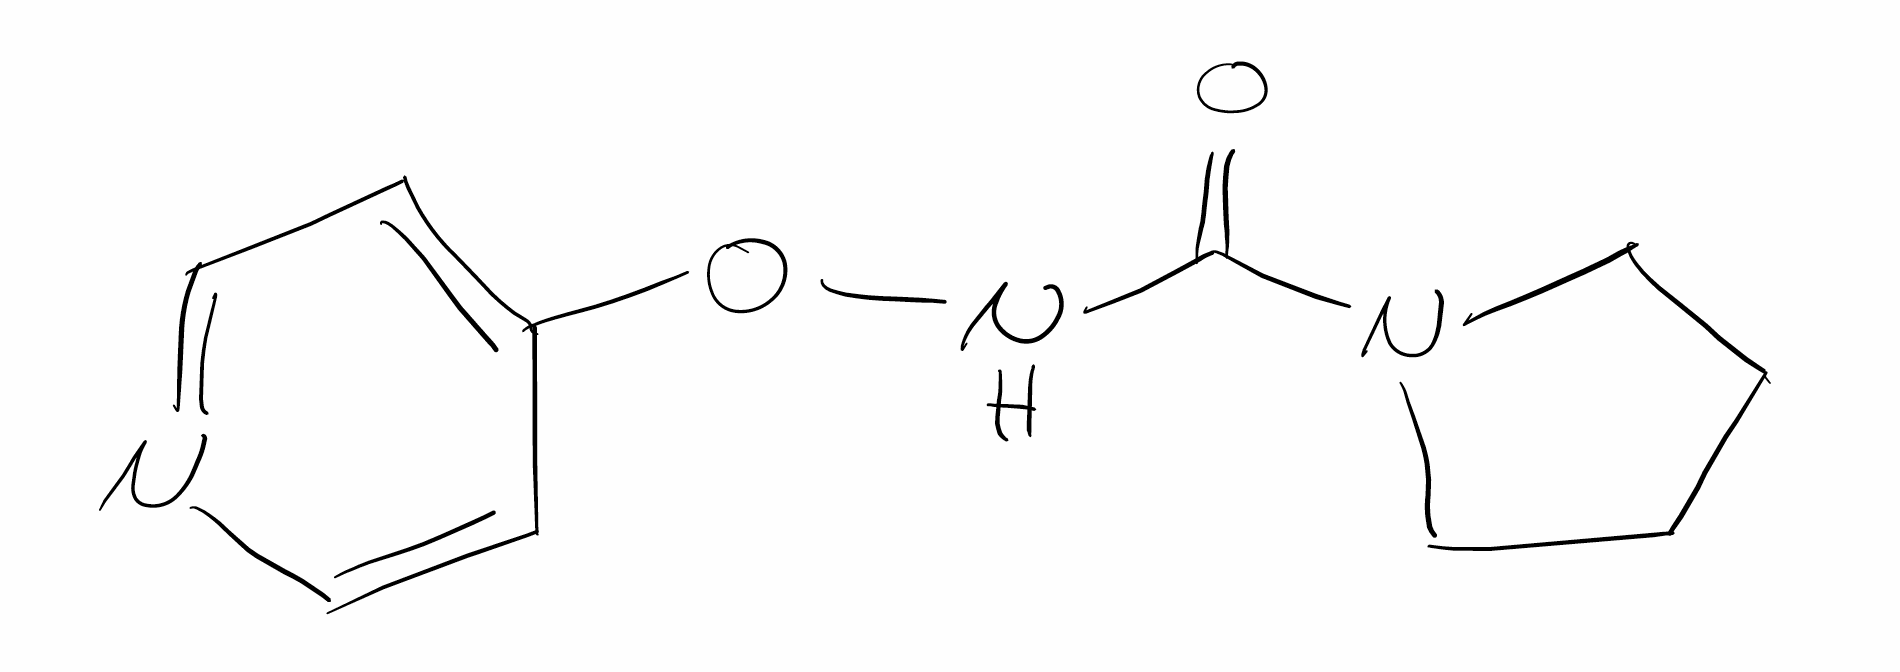
Simplified molecular-input line-entry system (SMILES) notation of the given molecule:
C1CCN(C1)C(=O)NOC2=CC=NC=C2